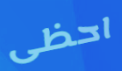
احظى